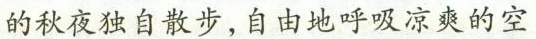
的秋夜独自散步，自由地呼吸凉爽的空